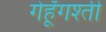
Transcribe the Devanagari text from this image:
गेहूँगश्ती